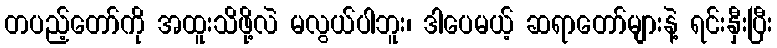
တပည့်တော်ကို အထူးသိဖို့လဲ မလွယ်ပါဘူး၊ ဒါပေမယ့် ဆရာတော်များနဲ့ ရင်းနှီးပြီး